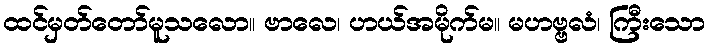
ထင်မှတ်တော်မူသလော။ ဗာလေ၊ ဟယ်အမိုက်မ။ မဟဗ္ဗလံ၊ ကြီးသော